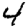
Digit: 4